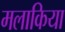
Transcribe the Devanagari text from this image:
मलाकिया